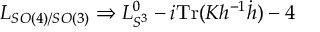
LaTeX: L _ { S O ( 4 ) / S O ( 3 ) } \Rightarrow L _ { S ^ { 3 } } ^ { 0 } - i \mathrm { T r } ( K h ^ { - 1 } \dot { h } ) - 4